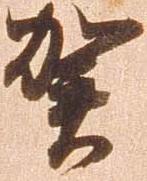
賀